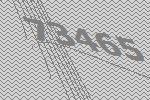
73465